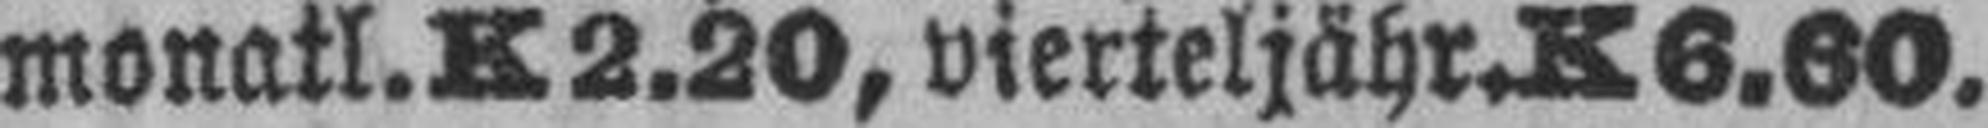
monatl.K2.20, vierteljähr.K 6.60.